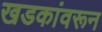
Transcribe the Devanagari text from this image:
खडकांवरून